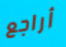
أراجع